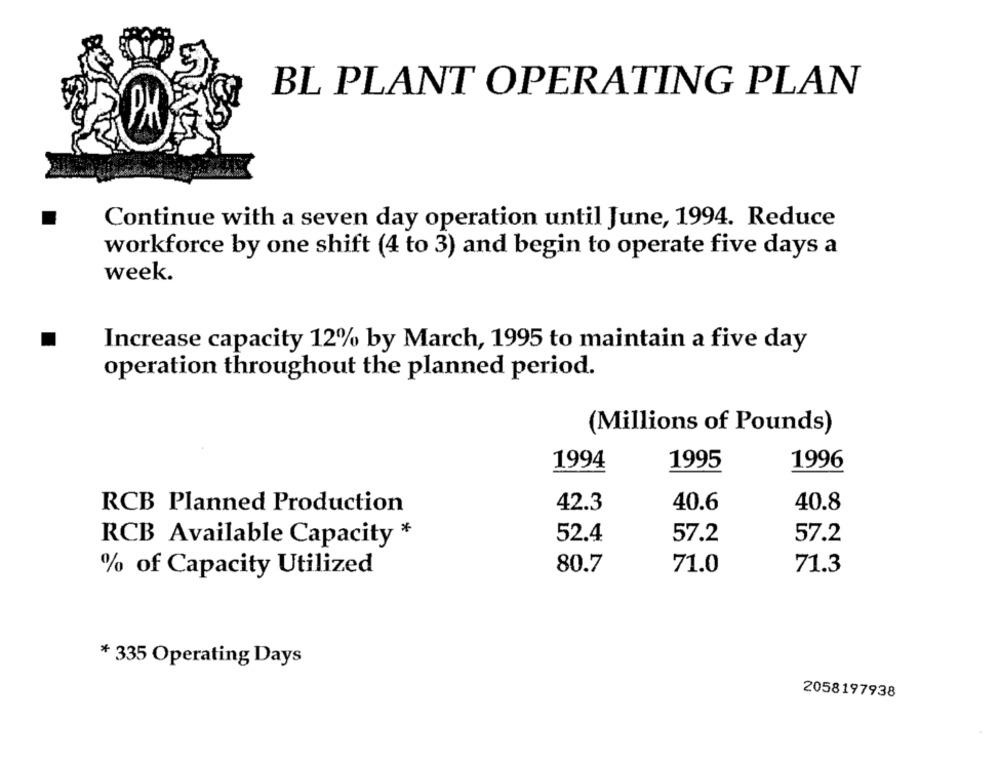
BL PLANT OPERATING PLAN
Continue with a seven day operation until June, 1994. Reduce
workforce by one shift (4 to 3) and begin to operate five days a
week.
Increase capacity 12% by March, 1995 to maintain a five day
operation throughout the planned period.
(Millions of Pounds)
1994
1995
1996
RCB Planned Production
42.3
40.6
40.8
RCB Available Capacity *
52.4
57.2
57.2
% of Capacity Utilized
80.7
71.0
71.3
* 335 Operating Days
2058197938